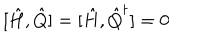
[ \hat { H } , \hat { Q } ] = [ \hat { H } , \hat { Q } ^ { \dagger } ] = 0